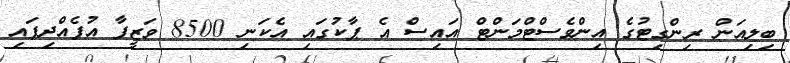
ބިލިއަން ރިންގިޓުގެ އިންވެސްޓްމަންޓް އައިސް އެ ޕާކުގައި އެކަނި 8500 ވަޒީފާ އުފެއްދިފައި